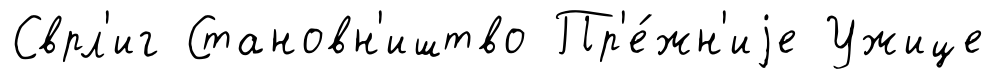
Сврл'иг Становн'иштво Пр'е́жн'иjе Ужице